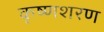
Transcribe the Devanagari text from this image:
कृष्णशरण